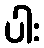
ပါး